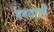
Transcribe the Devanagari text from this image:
मनवाली